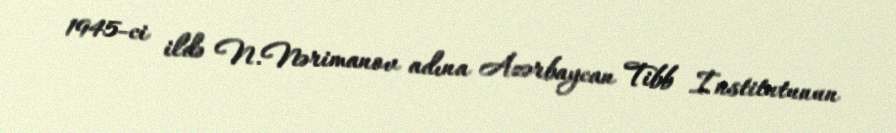
1945-ci ildə N.Nərimanov adına Azərbaycan Tibb İnstitutunun